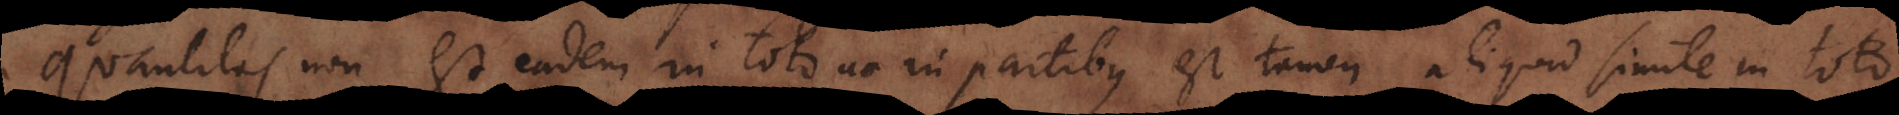
Quantitas non est eadem in toto ac in partibus est tamen aliquid simile in toto